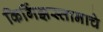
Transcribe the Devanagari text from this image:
किर्गिझस्तानाचे